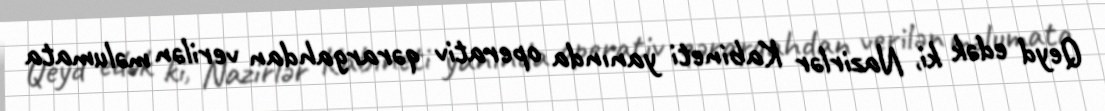
Qeyd edək ki, Nazirlər Kabineti yanında operativ qərargahdan verilən məlumata